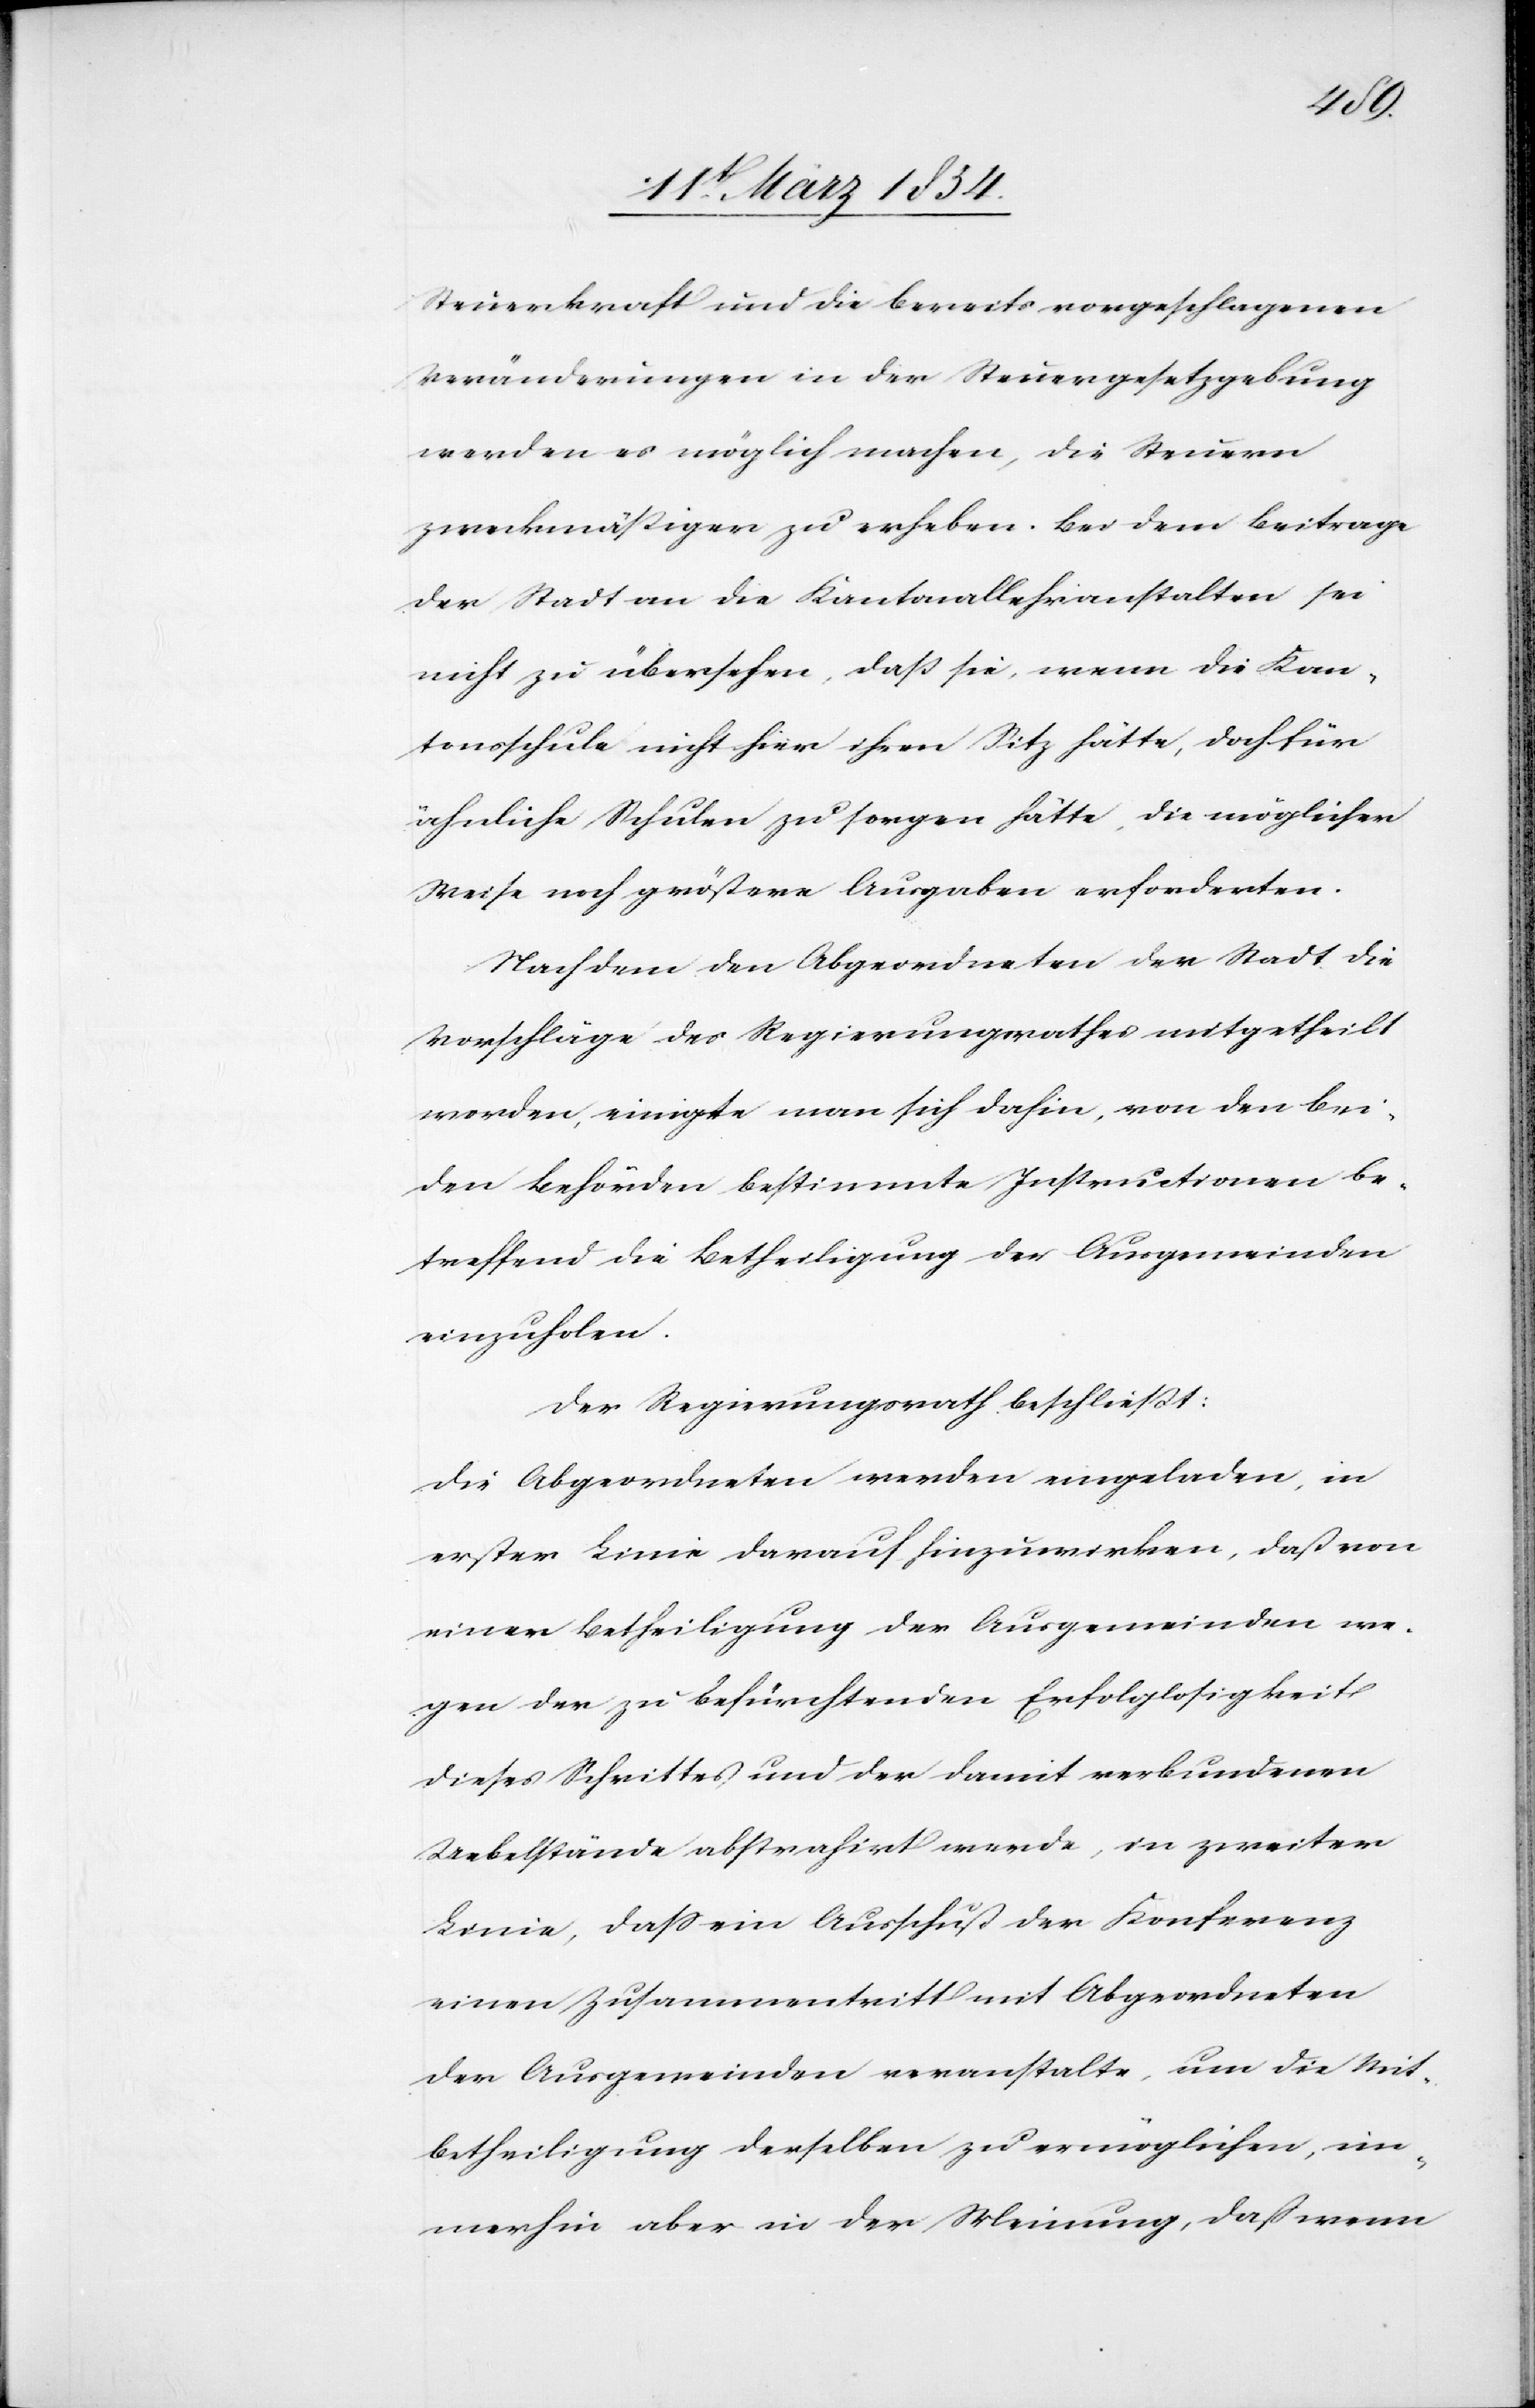
Steuerkraft und die bereits vorgeschlagenen
Veränderungen in der Steuergesetzgebung
werden es möglich machen, die Steuern
zweckmäßiger zu erheben. Bei dem Beitrage
der Stadt an die Kantonallehranstalten sei
nicht zu übersehen, daß sie, wenn die Kan¬
tonsschule nicht hier ihren Sitz hätte, doch für
ähnliche Schulen zu sorgen hätte, die möglicher
Weise noch größere Ausgaben erforderten.
Nachdem den Abgeordneten der Stadt die
Vorschläge des Regierungsrathes mitgetheilt
worden, einigte man sich dahin, von den bei¬
den Behörden bestimmte Instructionen be¬
treffend die Betheiligung der Ausgemeinden
einzuholen.
Der Regierungsrath beschließt:
Die Abgeordneten werden eingeladen, in
erster Linie darauf hinzuwirken, daß von
einer Betheiligung der Ausgemeinden we¬
gen der zu befürchtenden Erfolglosigkeit
dieses Schrittes und der damit verbundenen
Uebelstände abstrahirt werde, in zweiter
Linie, daß ein Ausschuß der Konferenz
einen Zusammentritt mit Abgeordneten
der Ausgemeinden veranstalte, um die Mit¬
betheiligung derselben zu ermöglichen, im¬
merhin aber in der Meinung, daß wenn